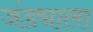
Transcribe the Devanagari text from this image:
जंड्याला